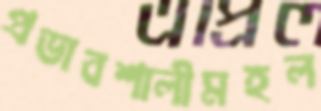
প্রভাবশালীমহল